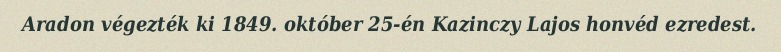
Aradon végezték ki 1849. október 25-én Kazinczy Lajos honvéd ezredest.